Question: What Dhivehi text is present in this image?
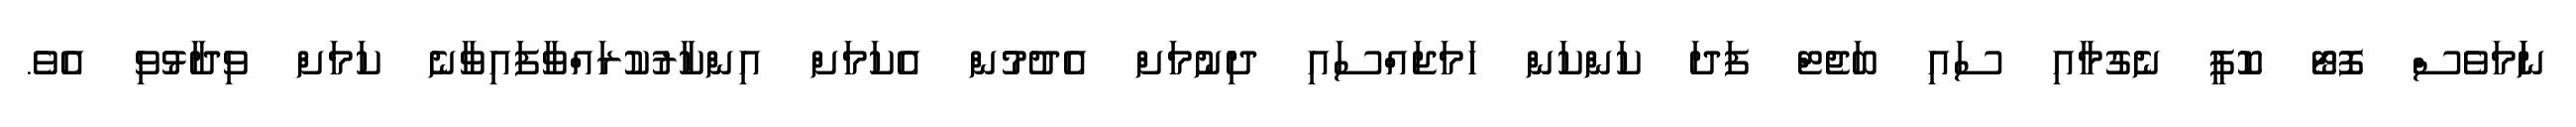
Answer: ނަަމަވެސް ފޮޓޯ ކޮޕީ ނެގުމާއި ސައި ބަޖެޓް ފަދަ ކަންކަން ހަމަޖައްސައި ދިނުމަށް އެދުމުން އެކަމަށް އިންކާރުކުރައްވާފައިވާނެ ކަމަށް ވިދާޅުވި އެވެ.